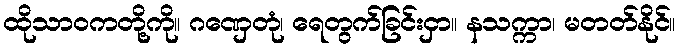
ထိုသာဝကတို့ကို။ ဂဏှေတုံ၊ ရေတွက်ခြင်းငှာ။ နသက္ကာ၊ မတတ်နိုင်။